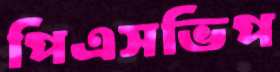
পিএসভিপ